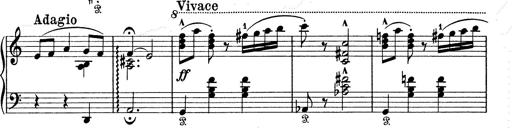
Title: 6 Polish Songs
Composer: Franz Liszt